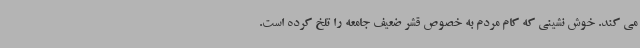
می کند. خوش نشینی که کام مردم به خصوص قشر ضعیف جامعه را تلخ کرده است.